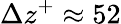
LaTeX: \Delta z^{+}\approx 52